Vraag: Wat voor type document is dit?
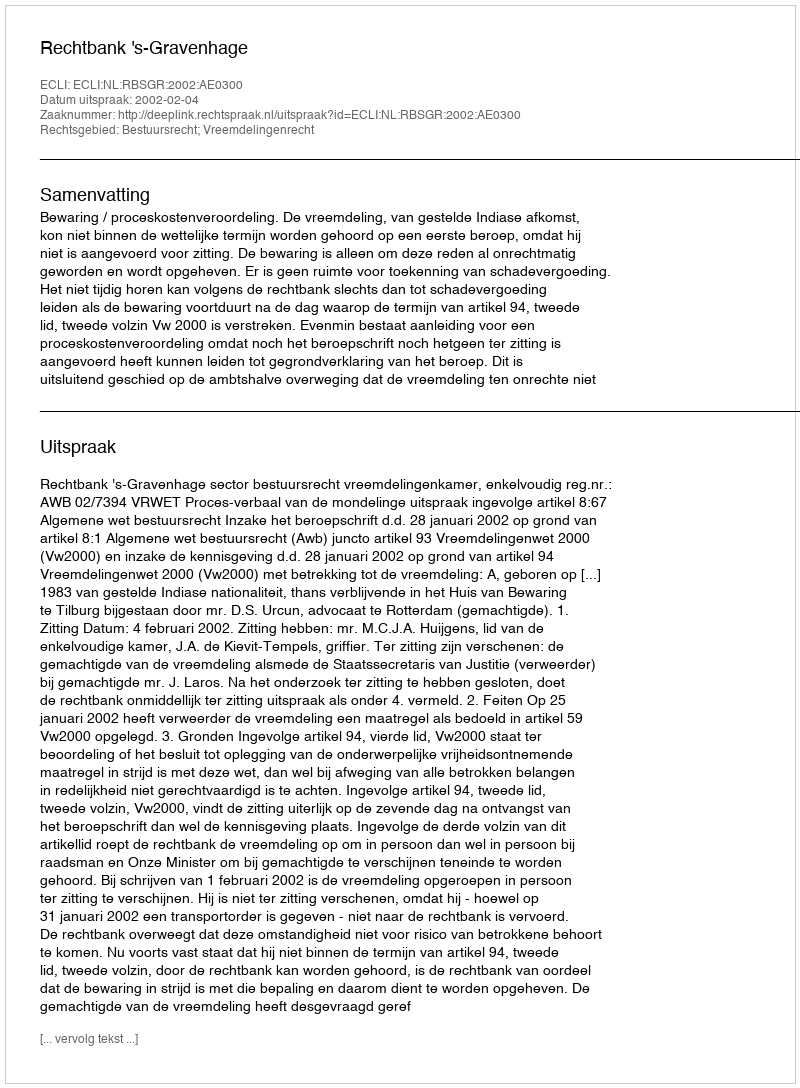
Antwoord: Uitspraak